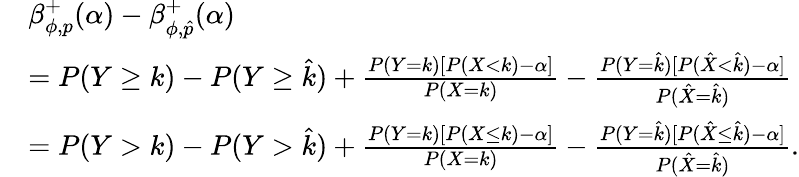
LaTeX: \begin{array}{rl}&{\beta_{\phi,p}^{+}(\alpha)-\beta_{\phi,\hat{p}}^{+}(\alpha)}\\ &{=P(Y\geq k)-P(Y\geq\hat{k})+\frac{P(Y=k)[P(X<k)-\alpha]}{P(X=k)}-\frac{P(Y=\hat{k})[P(\hat{X}<\hat{k})-\alpha]}{P(\hat{X}=\hat{k})}}\\ &{=P(Y>k)-P(Y>\hat{k})+\frac{P(Y=k)[P(X\leq k)-\alpha]}{P(X=k)}-\frac{P(Y=\hat{k})[P(\hat{X}\leq\hat{k})-\alpha]}{P(\hat{X}=\hat{k})}.}\end{array}